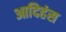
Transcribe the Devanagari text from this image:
आदिहंस